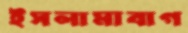
ইসলামাবাগ